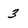
Character: 3